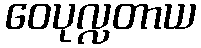
ဝေပုလ္လတာယ